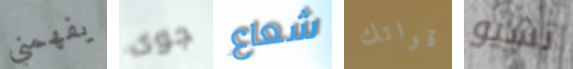
يفهمني جوى شعاع قواتك تشيو